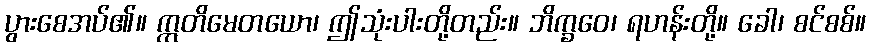
ပွားစေအပ်၏။ ဣတိမေတယော၊ ဤသုံးပါးတို့တည်း။ ဘိက္ခဝေ၊ ရဟန်းတို့။ ခေါ၊ စင်စစ်။